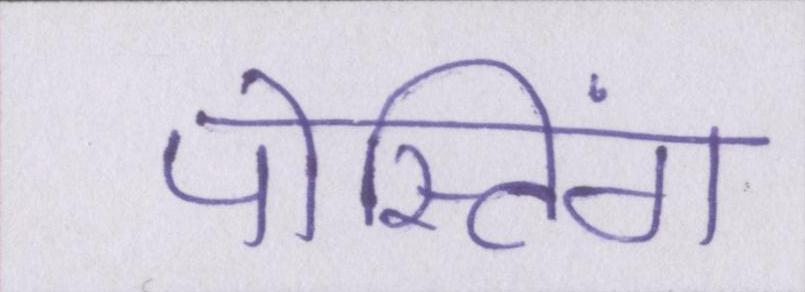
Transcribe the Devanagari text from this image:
पोस्टिंग